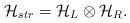
LaTeX: \begin{align*}{\cal H}_{str}={\cal H}_L\otimes {\cal H}_R.\end{align*}